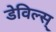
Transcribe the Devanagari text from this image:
डेविल्स्